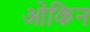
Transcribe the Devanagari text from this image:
ओकिन